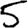
Digit: 5